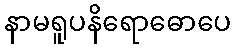
နာမရူပနိရောဓောပေ